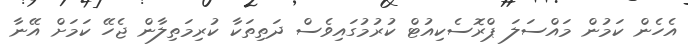
އެހެން ކަމުން މައްސަލަ ޕްރޮސެކިއުޓް ކުރުމުގައިވެސް ދަތިތަކާ ކުރިމަތިލާން ޖެހޭ ކަމަށް އޭނާ